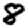
Digit: 8